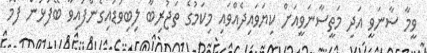
ވީމާ ސާނަވީ އަދި މަތީސާނަވީއަށް ކިޔަވައިދެއްވައި މިކަމުގެ ތަޖުރިބާ ލިބިވަޑައިގެންފައިވާ ބޭފުޅުން ފޯމު